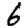
Digit: 6